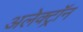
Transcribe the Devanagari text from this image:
अलेक्ट्रॉन